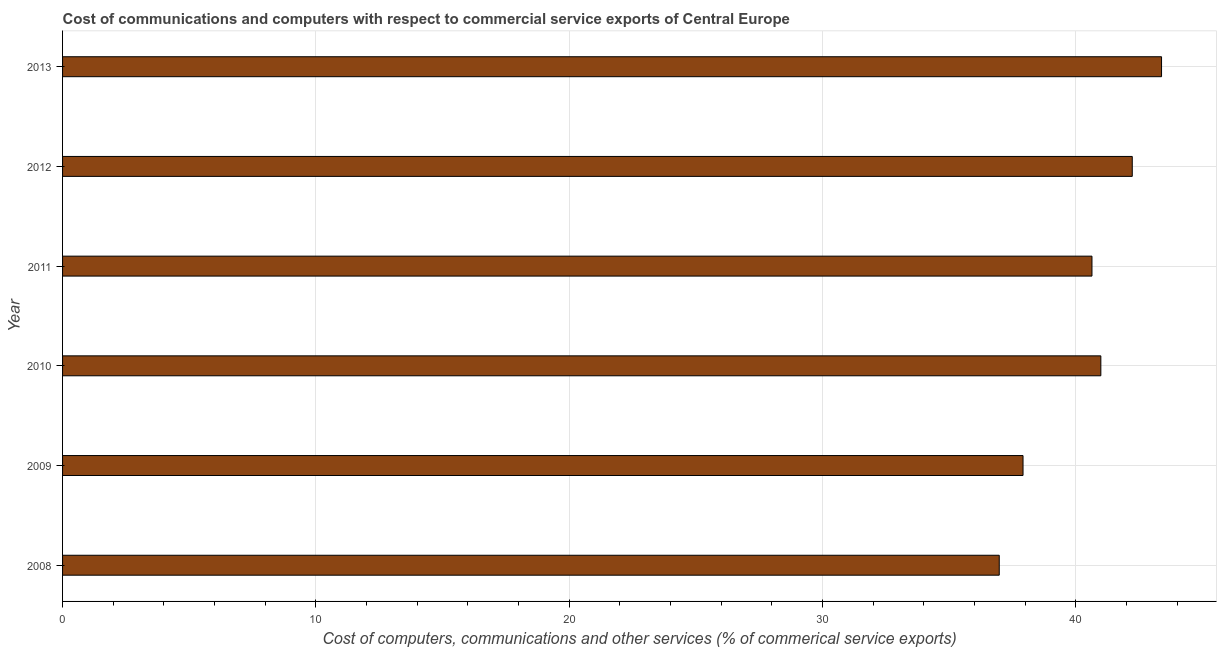
| Year | Computer |
 | --- | --- |
 | 2008 | 37 |
 | 2009 | 37.9 |
 | 2010 | 41 |
 | 2011 | 40.6 |
 | 2012 | 42.2 |
 | 2013 | 43.4 |